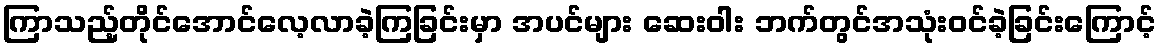
ကြာသည့်တိုင်အောင်လေ့လာခဲ့ကြခြင်းမှာ အပင်များ ဆေးဝါး ဘက်တွင်အသုံးဝင်ခဲ့ခြင်းကြောင့်